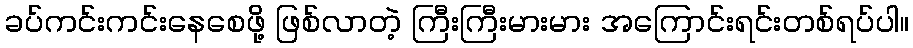
ခပ်ကင်းကင်းနေစေဖို့ ဖြစ်လာတဲ့ ကြီးကြီးမားမား အကြောင်းရင်းတစ်ရပ်ပါ။